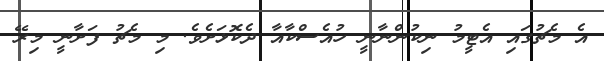
އެ މެޗުގައި އެޓީމު ނިކުންނާނީ ހުއެސްކާއާ ދެކޮޅަށެވެ. މި މެޗު ފަށާނީ މިރޭ